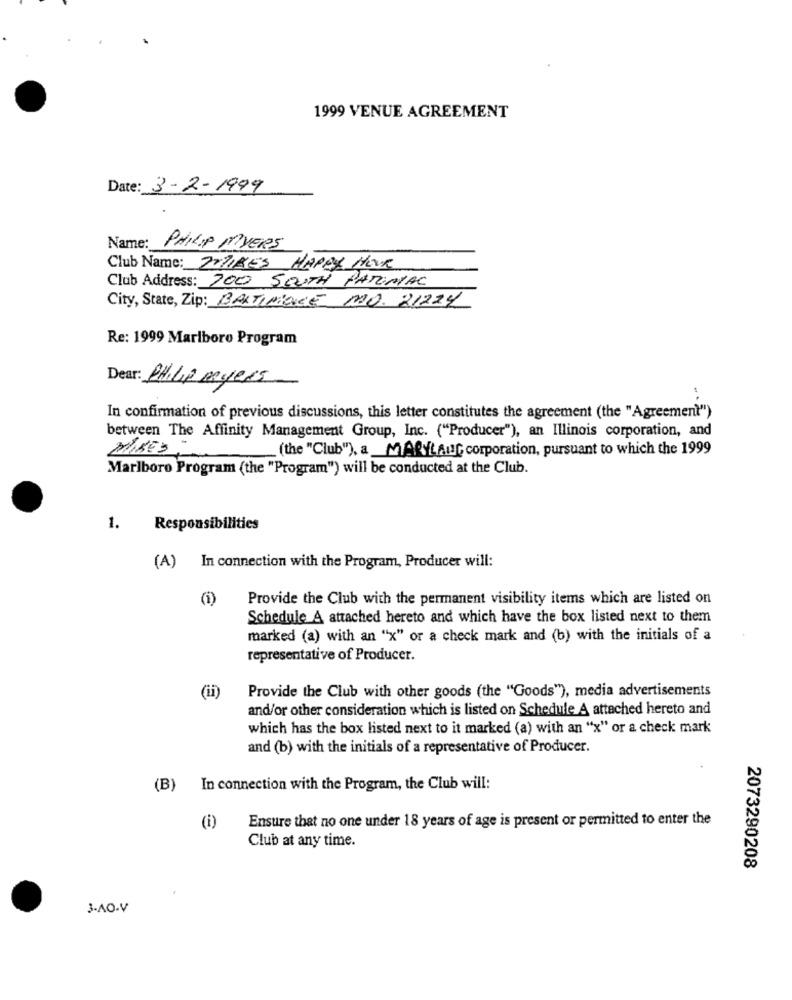
1999 VENUE AGREEMENT
Date: 3-2-1999
Name:
PHILIP DIVERS
Club Name: FYZIKES HAPPY HOUR
Club Address: 100 SOUTH PARKMAL
City, State, Zip: BARTINENCE MO. 21224
Re: 1999 Marlboro Program
Dear: PHILIP myers
In confirmation of previous discussions, this letter constitutes the agreement (the "Agreement")
between The Affinity Management Group, Inc. ("Producer"), an Illinois corporation, and
MIRES=
(the "Club"), a MARYLAND corporation, pursuant to which the 1999
Marlboro Program (the "Program") will be conducted at the Club.
1.
Responsibilities
(A) In connection with the Program, Producer will:
(i)
Provide the Club with the permanent visibility items which are listed on
Schedule A attached hereto and which have the box listed next to them
marked (a) with an "x" or a check mark and (b) with the initials of a
representative of Producer.
Provide the Club with other goods (the "Goods"), media advertisements
(ii)
and/or other consideration which is listed on Schedule A attached hereto and
which has the box listed next to it marked (a) with an "x" or a check mark
and (b) with the initials of a representative of Producer.
(B) In connection with the Program, the Club will:
Ensure that no one under 18 years of age is present or permitted to enter the
(i)
Club at any time.
2073290208
3-AO.V